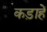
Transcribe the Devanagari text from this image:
कड़ाहें